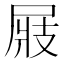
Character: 𡲆